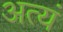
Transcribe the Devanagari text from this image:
अत्यं